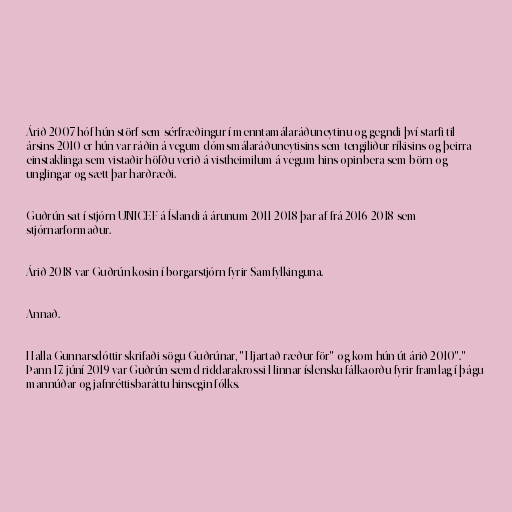
Árið 2007 hóf hún störf sem sérfræðingur í menntamálaráðuneytinu og gegndi því starfi til
ársins 2010 er hún var ráðin á vegum dómsmálaráðuneytisins sem tengiliður ríkisins og þeirra
einstaklinga sem vistaðir höfðu verið á vistheimilum á vegum hins opinbera sem börn og
unglingar og sætt þar harðræði.

Guðrún sat í stjórn UNICEF á Íslandi á árunum 2011-2018 þar af frá 2016-2018 sem
stjórnarformaður.

Árið 2018 var Guðrún kosin í borgarstjórn fyrir Samfylkinguna.

Annað.

Halla Gunnarsdóttir skrifaði sögu Guðrúnar, "Hjartað ræður för" og kom hún út árið 2010"."
Þann 17. júní 2019 var Guðrún sæmd riddarakrossi Hinnar íslensku fálkaorðu fyrir framlag í þágu
mannúðar og jafnréttisbaráttu hinsegin fólks.